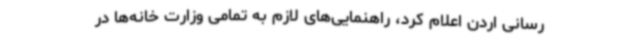
‌رسانی اردن اعلام کرد، راهنمایی‌های لازم به تمامی وزارت خانه‌ها در